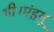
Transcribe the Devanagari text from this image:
थी।एंड्रयू